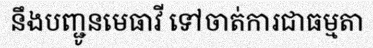
នឹងបញ្ជូនមេធាវី ទៅចាត់ការជាធម្មតា